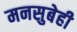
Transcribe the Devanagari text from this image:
मनसुबेही